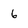
Character: 6